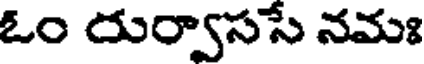
ఓం రుర్వాససే నమః